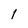
Character: I